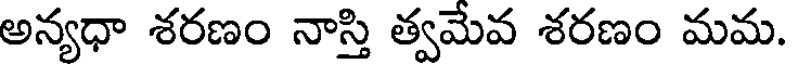
అన్యధా శరణం నాస్తి త్వమేవ శరణం మమ.